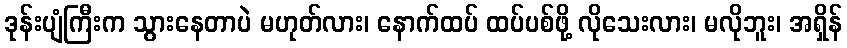
ဒုန်းပျံကြီးက သွားနေတာပဲ မဟုတ်လား၊ နောက်ထပ် ထပ်ပစ်ဖို့ လိုသေးလား၊ မလိုဘူး၊ အရှိန်